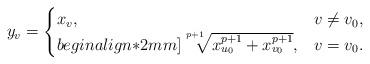
LaTeX: \begin{align*}y_v=\begin{cases} x_v, & v\neq v_0,\\begin{align*}2mm] \sqrt[\uproot{5}p+1]{x_{u_0}^{p+1}+x_{v_0}^{p+1}}, & v=v_0. \end{cases} \end{align*}